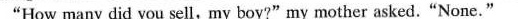
"How many did you sell,my boy?"my mother asked."None."